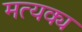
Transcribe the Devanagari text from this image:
मत्यक्य